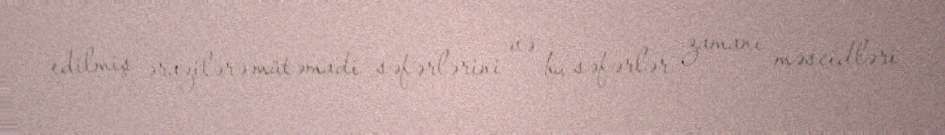
edilmiş ərazilərə mütəmadi səfərlərini və bu səfərlər zamanı məscidləri